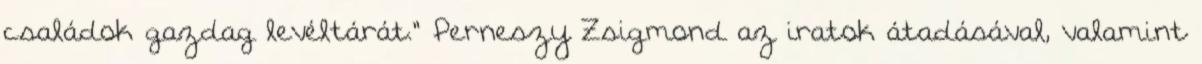
családok gazdag levéltárát." Perneszy Zsigmond az iratok átadásával, valamint